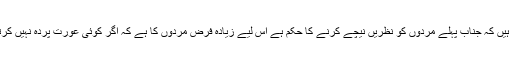
اس آیت سے بہت سی خواتین و حضرات یہ استدلال کرتے نظر آتے ہیں کہ جناب پہلے مردوں کو نظریں نیچے کرنے کا حکم ہے اس لیے زیادہ فرض مردوں کا ہے کہ اگر کوئی عورت پردہ نہیں کرتی تو مرد اس کی طرف نہ دیکھے، اس میں عورتوں کا کیا قصور؟